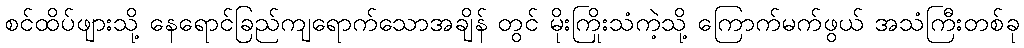
စင်ထိပ်ဖျားသို့ နေရောင်ခြည်ကျရောက်သောအချိန် တွင် မိုးကြိုးသံကဲ့သို့ ကြောက်မက်ဖွယ် အသံကြီးတစ်ခု